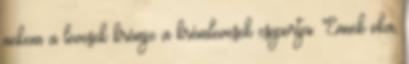
nekem a levesek krémje a krémlevesek csoportja. Ennek oka,